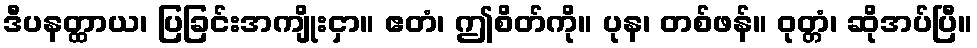
ဒီပနတ္ထာယ၊ ပြခြင်းအကျိုးငှာ။ ဧတံ၊ ဤစိတ်ကို။ ပုန၊ တစ်ဖန်။ ဝုတ္တံ၊ ဆိုအပ်ပြီ။